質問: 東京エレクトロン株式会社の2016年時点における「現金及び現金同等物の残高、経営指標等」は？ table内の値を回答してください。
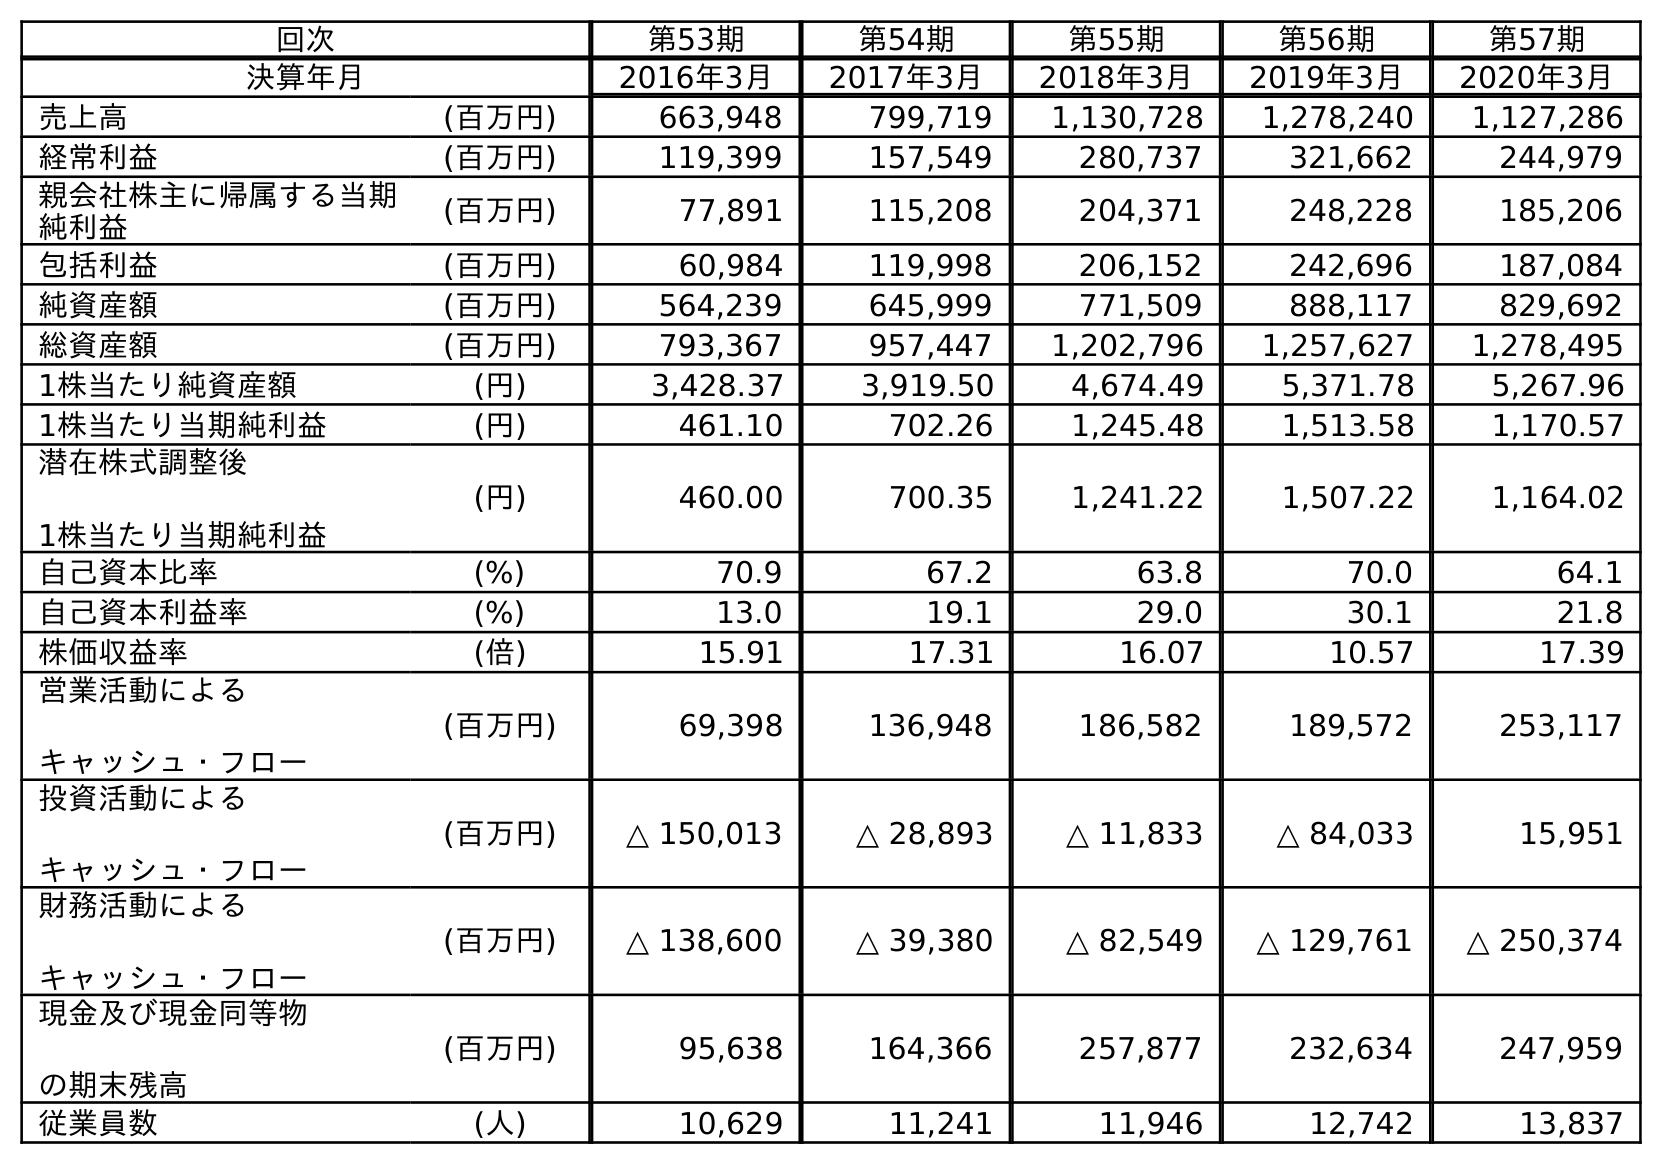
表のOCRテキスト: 回次 第53期 第54期 第55期 第56期 第57期 決算年月 2016年3月 2017年3月 2018年3月 2019年3月 2020年3月 売上高 (百万円) 663,948 799,719 1,130,728 1,278,240 1,127,286 経常利益 (百万円) 119,399 157,549 280,737 321,662 244,979 親会社株主に帰属する当期 純利益 (百万円) 77,891 115,208 204,371 248,228 185,206 包括利益 (百万円) 60,984 119,998 206,152 242,696 187,084 純資産額 (百万円) 564,239 645,999 771,509 888,117 829,692 総資産額 (百万円) 793,367 957,447 1,202,796 1,257,627 1,278,495 1株当たり純資産額 (円) 3,428.37 3,919.50 4,674.49 5,371.78 5,267.96 1株当たり当期純利益 (円) 461.10 702.26 1,245.48 1,513.58 1,170.57 潜在株式調整後 1株当たり当期純利益 (円) 460.00 700.35 1,241.22 1,507.22 1,164.02 自己資本比率 (%) 70.9 67.2 63.8 70.0 64.1 自己資本利益率 (%) 13.0 19.1 29.0 30.1 21.8 株価収益率 (倍) 15.91 17.31 16.07 10.57 17.39 営業活動による キャッシュ・フロー (百万円) 69,398 136,948 186,582 189,572 253,117 投資活動による キャッシュ・フロー (百万円) △ 150,013 △ 28,893 △ 11,833 △ 84,033 15,951 財務活動による キャッシュ・フロー (百万円) △ 138,600 △ 39,380 △ 82,549 △ 129,761 △ 250,374 現金及び現金同等物 の期末残高 (百万円) 95,638 164,366 257,877 232,634 247,959 従業員数 (人) 10,629 11,241 11,946 12,742 13,837
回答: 95,638